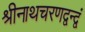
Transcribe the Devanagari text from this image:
श्रीनाथचरणद्वन्द्वं